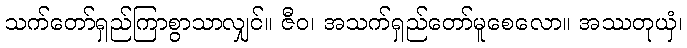
သက်တော်ရှည်ကြာစွာသာလျှင်။ ဇီဝ၊ အသက်ရှည်တော်မူစေလော။ အဿတုယှံ၊